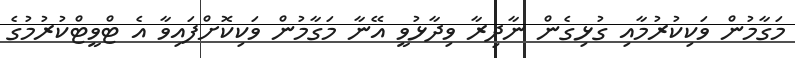
މަގާމުން ވަކިކުރުމާއި ގުޅިގެން ނާދިރާ ވިދާޅުވީ އޭނާ މަގާމުން ވަކިކޮށްފައިވާ އެ ޓްވީޓްކުރުމުގެ